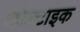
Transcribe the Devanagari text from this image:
व्होल्टाइक